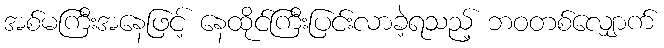
အစ်မကြီးအနေဖြင့် နေထိုင်ကြီးပြင်းလာခဲ့ရသည့် ဘဝတစ်လျှောက်